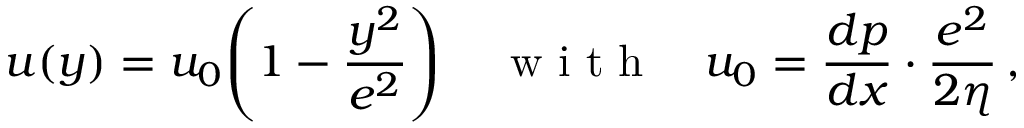
u ( y ) = u _ { 0 } \! \left( 1 - \frac { y ^ { 2 } } { e ^ { 2 } } \right) \quad \mathrm { ~ w ~ i ~ t ~ h ~ } \quad u _ { 0 } = \frac { d p } { d x } \cdot \frac { e ^ { 2 } } { 2 \eta } \, ,